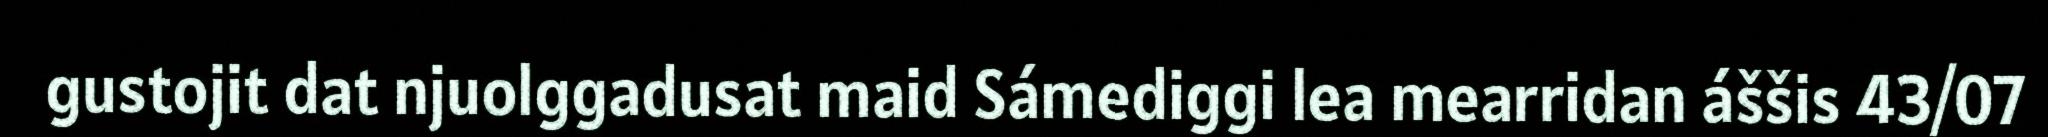
gustojit dat njuolggadusat maid Sámediggi lea mearridan áššis 43/07